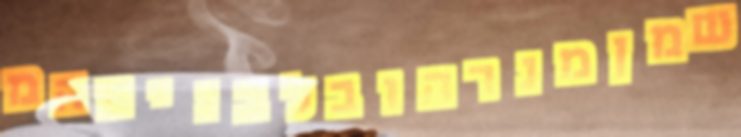
שמןמנרהובלבניםהמ